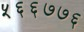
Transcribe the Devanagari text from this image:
५६६७७६